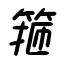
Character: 箍